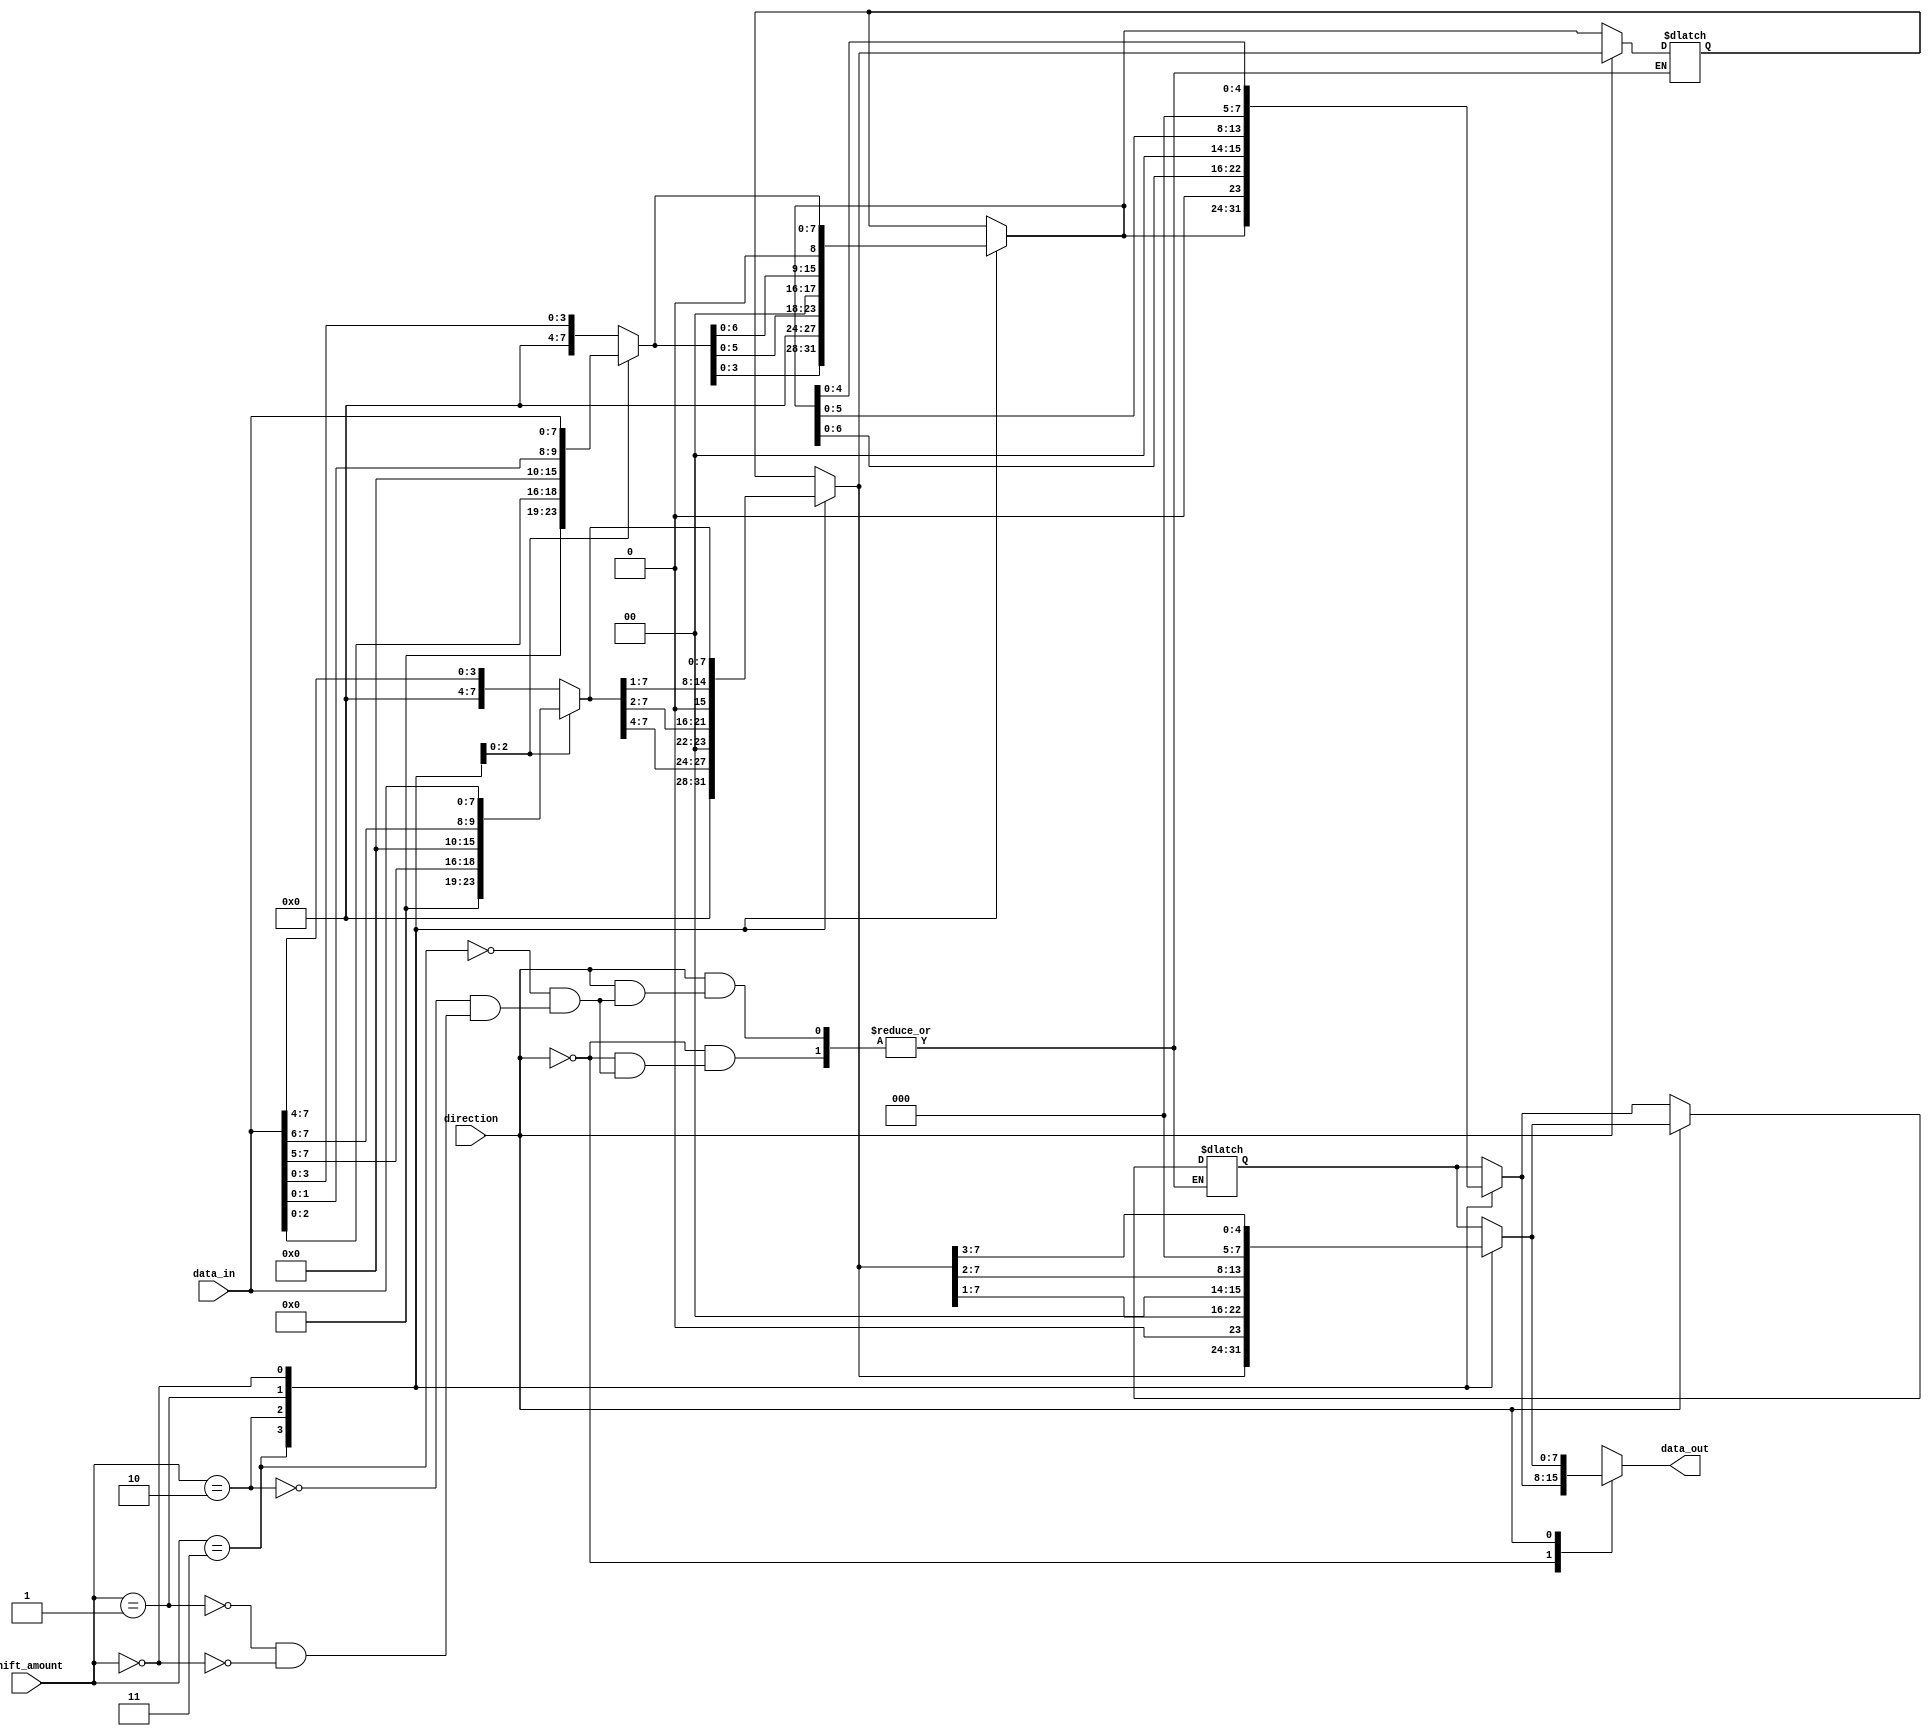
module sparse_barrel_shifter (
    input [7:0] data_in,
    input [2:0] shift_amount,
    input direction, // 1 for right shift, 0 for left shift
    output reg [7:0] data_out
);

reg [7:0] stage0_out, stage1_out, stage2_out;

always @(*)
begin
    case(direction)
        0: begin // Left shift
            case(shift_amount)
                3: stage0_out = data_in[3:0];
                2: stage0_out = data_in[2:0];
                1: stage0_out = data_in[1:0];
                0: stage0_out = data_in;
                default: stage0_out = 8'b0;
            endcase
            
            case(shift_amount)
                3: stage1_out = stage0_out << 4;
                2: stage1_out = stage0_out << 2;
                1: stage1_out = stage0_out << 1;
                0: stage1_out = stage0_out;
            endcase
            
            case(shift_amount)
                3: stage2_out = stage1_out;
                2: stage2_out = stage1_out[6:0];
                1: stage2_out = stage1_out[5:0];
                0: stage2_out = stage1_out[4:0];
            endcase
            
            data_out = stage2_out;
        end
        
        1: begin // Right shift
            case(shift_amount)
                3: stage0_out = data_in[7:4];
                2: stage0_out = data_in[7:5];
                1: stage0_out = data_in[7:6];
                0: stage0_out = data_in;
                default: stage0_out = 8'b0;
            endcase
            
            case(shift_amount)
                3: stage1_out = stage0_out >> 4;
                2: stage1_out = stage0_out >> 2;
                1: stage1_out = stage0_out >> 1;
                0: stage1_out = stage0_out;
            endcase
            
            case(shift_amount)
                3: stage2_out = stage1_out;
                2: stage2_out = stage1_out[1:7];
                1: stage2_out = stage1_out[2:7];
                0: stage2_out = stage1_out[3:7];
            endcase
            
            data_out = stage2_out;
        end
    endcase
end

endmodule